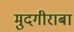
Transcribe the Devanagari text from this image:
मुदगीराबा